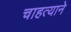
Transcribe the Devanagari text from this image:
चाहत्याने